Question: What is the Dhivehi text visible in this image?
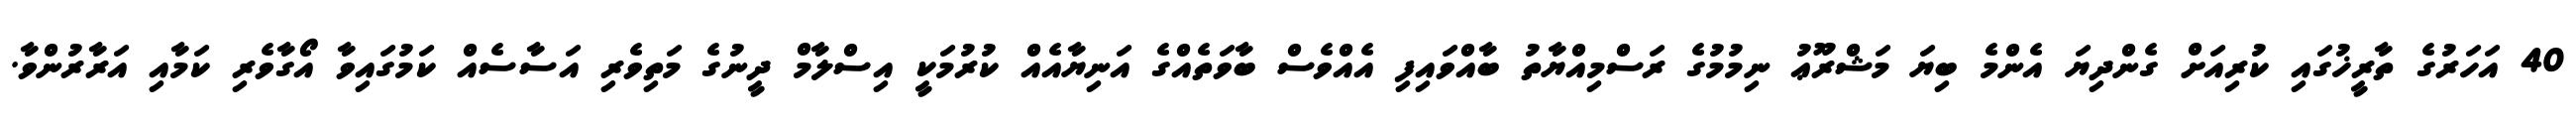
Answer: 40 އަހަރުގެ ތާރީޚުގައި ކުރިއަށް ގެންދިޔަ އެންމެ ބިޔަ މަޝްރޫޢު ނިމުމުގެ ރަސްމިއްޔާތު ބާއްވައިފި އެއްވެސް ބާވަތެއްގެ އަނިޔާއެއް ކުރުމަކީ އިސްލާމް ދީނުގެ މަތިވެރި އަސާސެއް ކަމުގައިވާ އޯގާވެރި ކަމާއި އަރާރުންވާ.